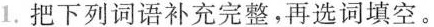
1.把下列词语补充完整，再选词填空。